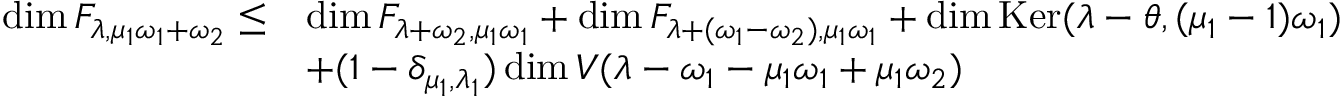
\begin{array} { r l } { \dim \cal F _ { \lambda , \mu _ { 1 } \omega _ { 1 } + \omega _ { 2 } } \leq } & { \dim \cal F _ { \lambda + \omega _ { 2 } , \mu _ { 1 } \omega _ { 1 } } + \dim \cal F _ { \lambda + ( \omega _ { 1 } - \omega _ { 2 } ) , \mu _ { 1 } \omega _ { 1 } } + \dim \operatorname { K e r } ( \lambda - \theta , ( \mu _ { 1 } - 1 ) \omega _ { 1 } ) } \\ & { + ( 1 - \delta _ { \mu _ { 1 } , \lambda _ { 1 } } ) \dim V ( \lambda - \omega _ { 1 } - \mu _ { 1 } \omega _ { 1 } + \mu _ { 1 } \omega _ { 2 } ) } \end{array}